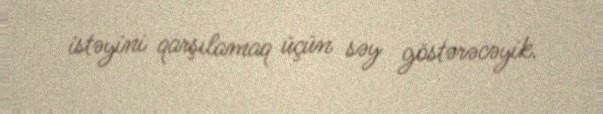
istəyini qarşılamaq üçün səy göstərəcəyik.